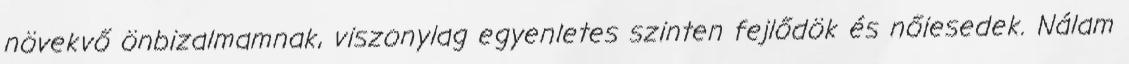
növekvő önbizalmamnak, viszonylag egyenletes szinten fejlődök és nőiesedek. Nálam